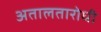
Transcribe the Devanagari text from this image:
अतालतारोधी